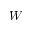
W